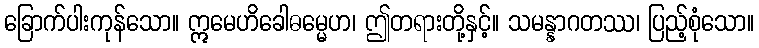
ခြောက်ပါးကုန်သော။ ဣမေဟိခေါဓမ္မေဟ၊ ဤတရားတို့နှင့်။ သမန္နာဂတဿ၊ ပြည့်စုံသော။